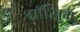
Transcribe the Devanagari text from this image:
ग्रॉसिग